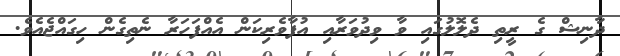
ދާނިޝް ގެ ރީތި ދެލޮލުގައި ވާ ވިދުވަރާއި އުފާވެރިކަން އެއްފަހަރާ ނެތިގެން ހިގައްޖެއެވެ.